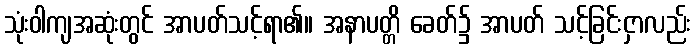
သုံးဝါကျအဆုံးတွင် အာပတ်သင့်ရာ၏။ အနာပတ္တိ ခေတ်၌ အာပတ် သင့်ခြင်းငှာလည်း